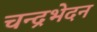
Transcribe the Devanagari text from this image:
चन्द्रभेदन